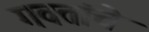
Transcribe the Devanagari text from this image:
गवतांचे